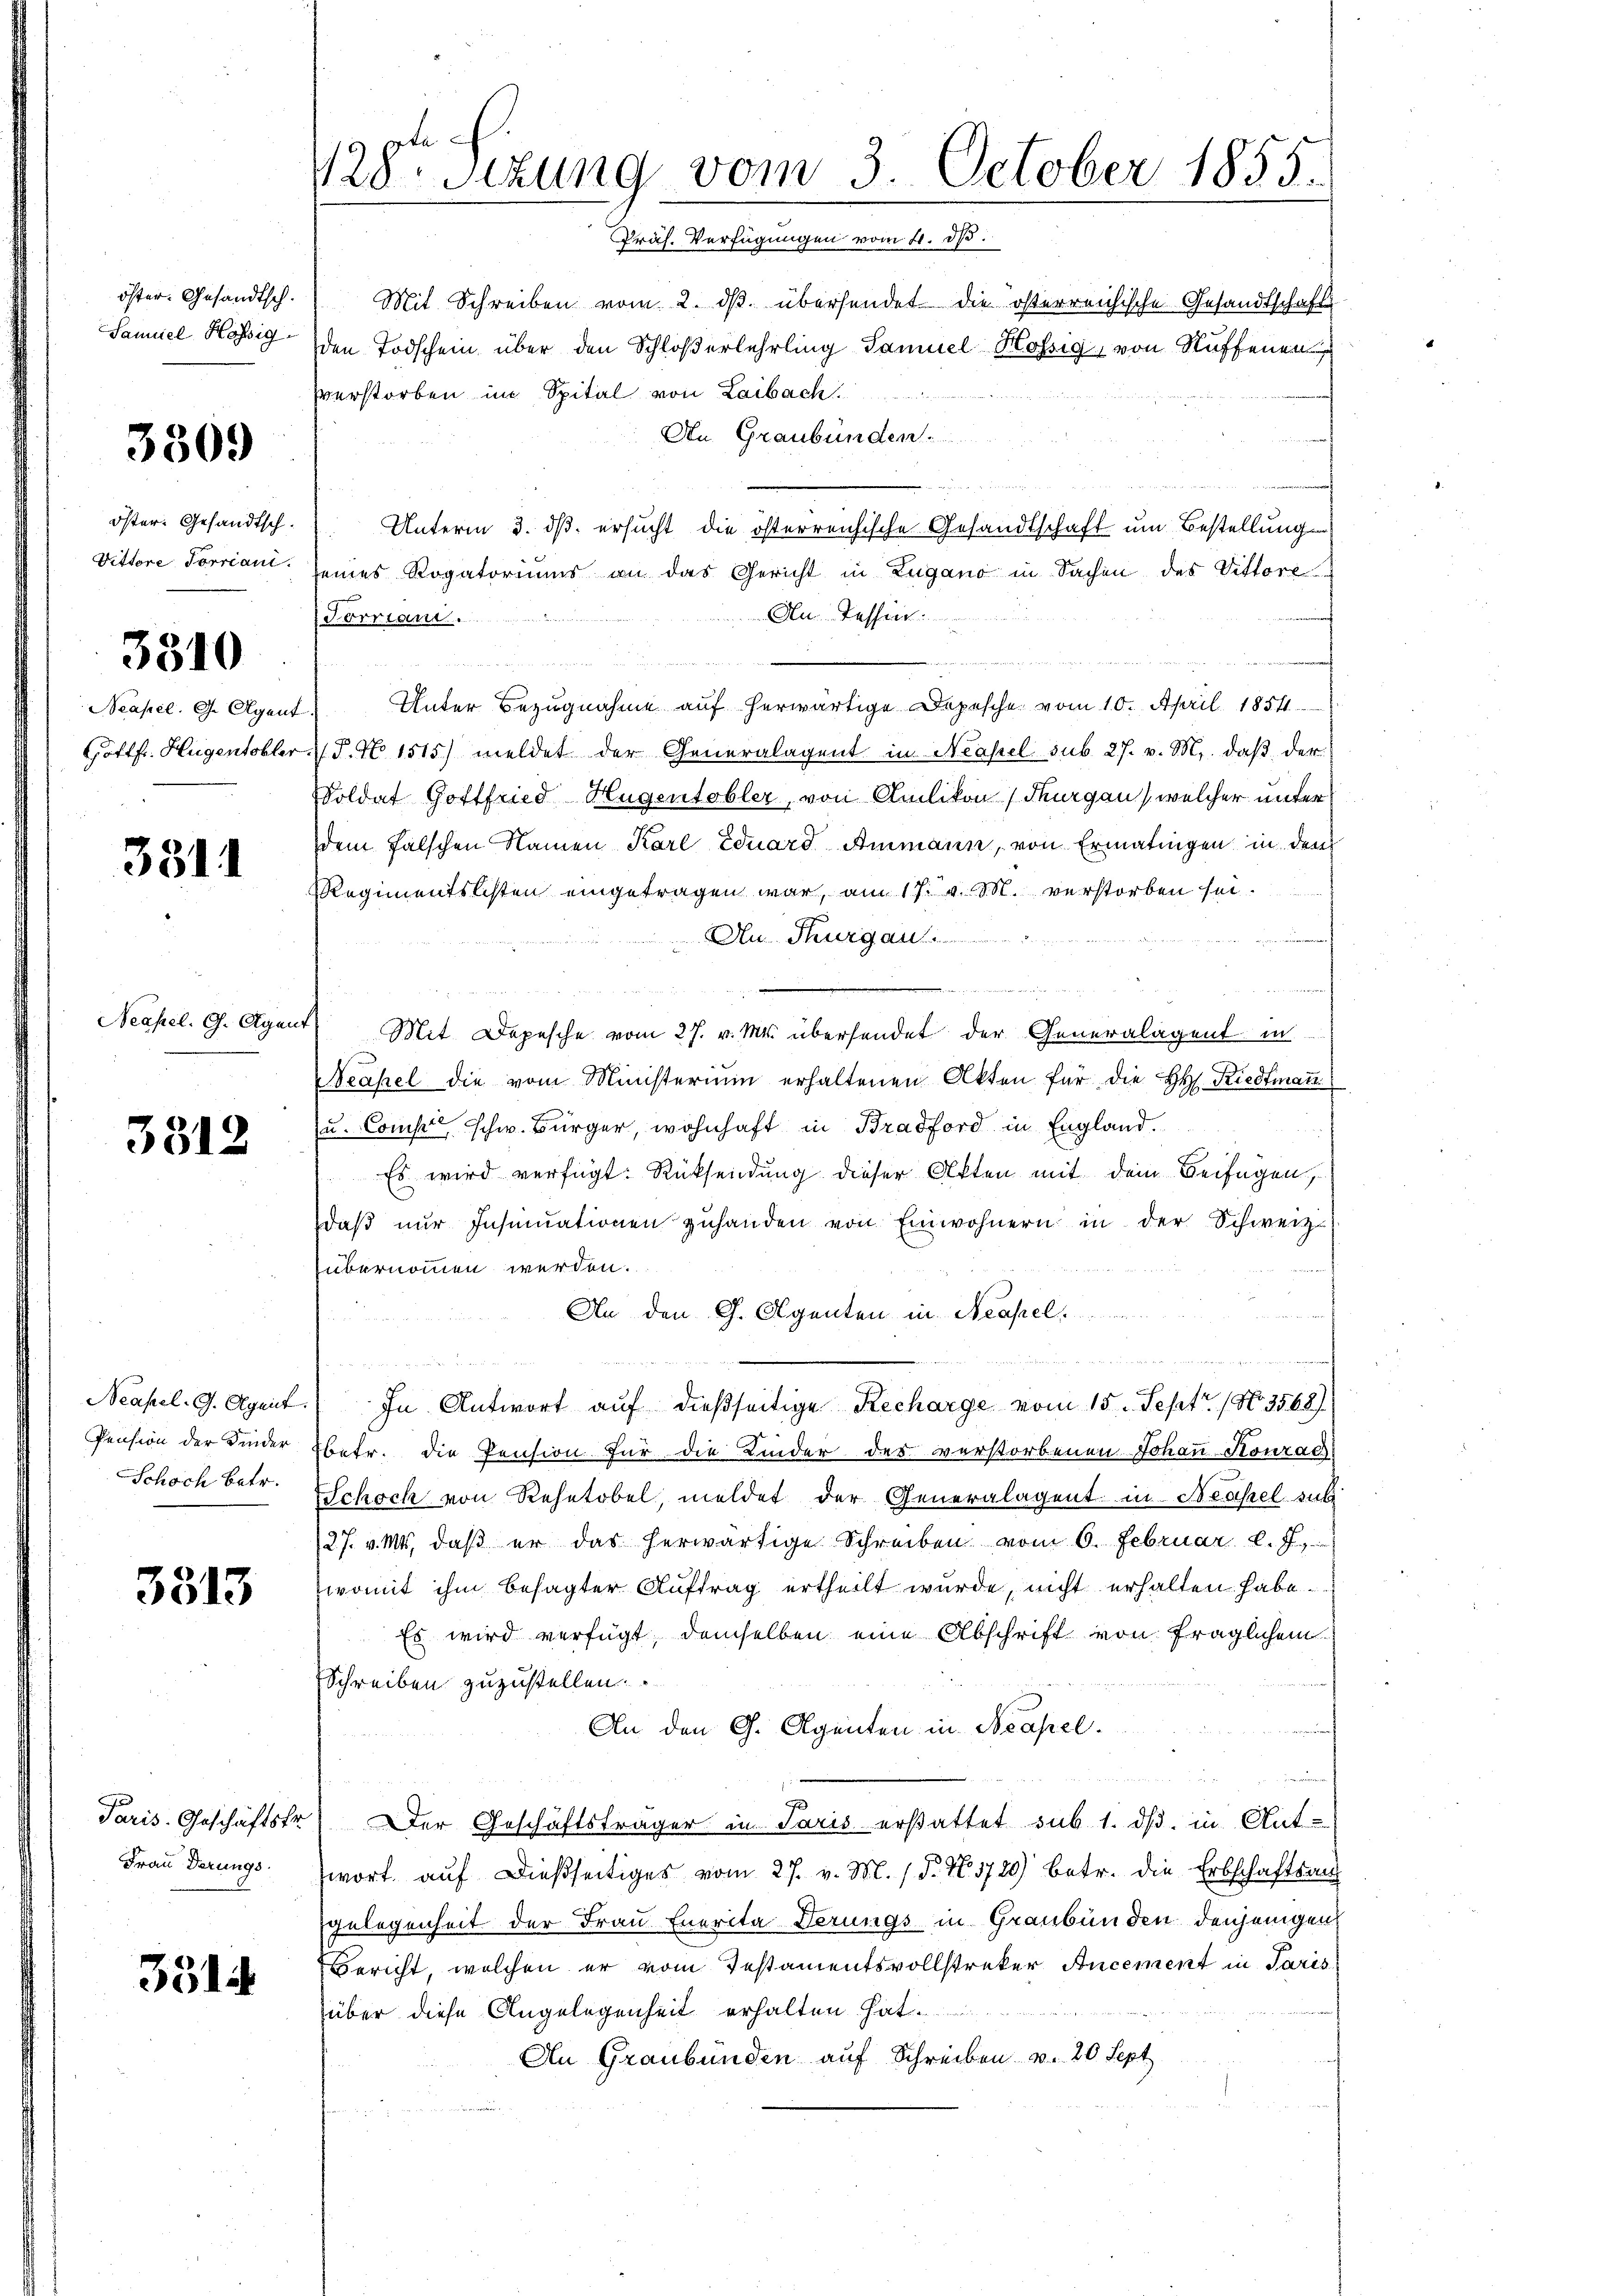
öster. Gesandtsch.
Samuel Hössig

3309

öster. Gesandtsch.
Vittore Torriant.

3310

Neapel. Ge Agent
Gottfr. Hugentobler

3811

Neapel. G. Agan

3312

Neapel. G. Agent
Pension der Kinder
Schoch betr.

3313

Paris. Geschäftsfr.
Frau derungs

351

128 schung vom 3. October 1855.
Präs. Verfügungen vom 4. d.

Mit Schreiben vom 2. dβ übersendet die österreichische Gesandtschafts-
den Todschein über den Schloßerlehrling Samuel Kössig, von Ruffenen
verstorben im Spital von Laibach.
An Graubünden.
 irgen
Unterm 3. dß ersucht die österreichische Gesandtschaft um Bestellung
seines Rogatoriums an das Gericht in Zugano in Sachen des Vittore
An Tessin
Forriani.
.
n
Unter Bezugnahme auf herwärtige Depesche vom 10. April 1854.
 P. N. 1515) meldet der Generalagent in Neapel sub 27. v. M., daβ der
Soldat Gottfried Hugentobler, von Amlikon (Thurgau, welcher unter
dem falschen Namen Karl Eduard Ammann, von Ermatingen in dem
Regimentslisten eingetragen war, am 17. v. M. verstorben sei.
Au Thurgau.  ..  ..  ..

nd
ite der eine
Mit Depesche vom 27. v. Mts. übersendet der Generalagent in
Neapel die vom Ministerium erhaltenen Akten für die HH. Riedtmann
u. Const schw. Bürger, wohnhaft in Bradford in England.
Es wird verfügt: Rücksendung dieser Akten mit dem Beifügen,
daβ nŭr Insinuationen zuhanden von Einwohnern in der Schweiz
übernommen werden.
 Ehe
An den G. Agenten in Neapel
.
 ich in der wir in der genen nichten
In Antwort auf dießseitige Recharge vom 15. Sept. (N. 3568)
betr. die Pension für die Kinder des verstorbenen Johan Konrad
Schoch von Rehetobel, meldet der Generalagent in Neapel sub
27. v. Mts., daß er das herwärtige Schreiben vom 6. Februar l. J.
womit ihm besagter Auftrag ertheilt wurde, nicht erhalten habe.
Es wird verfügt, demselben eine Abschrift von fraglichem
Schreiben zuzustellen.
An den G. Agenten in Neapel.
n
u
Der Geschäftsträger in Paris erstattet sub. 1. ds. in Ant
wort auf dießseitiges vom 27. v. M. / 5. No. 3720) betr. die Erbschaftsan
gelegenheit der Frau Enerita derungs in Graubünden denjenigen
Bericht, welchen er vom Instamentsvollstreker Ancement in Paris
über diese Angelegenheit erhalten hat
An Graubünden auf Schreiben v. 26 Sept